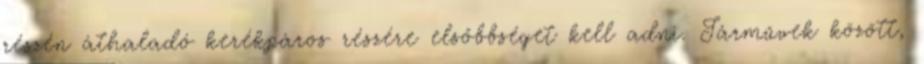
részén áthaladó kerékpáros részére elsőbbséget kell adni. Járművek között,